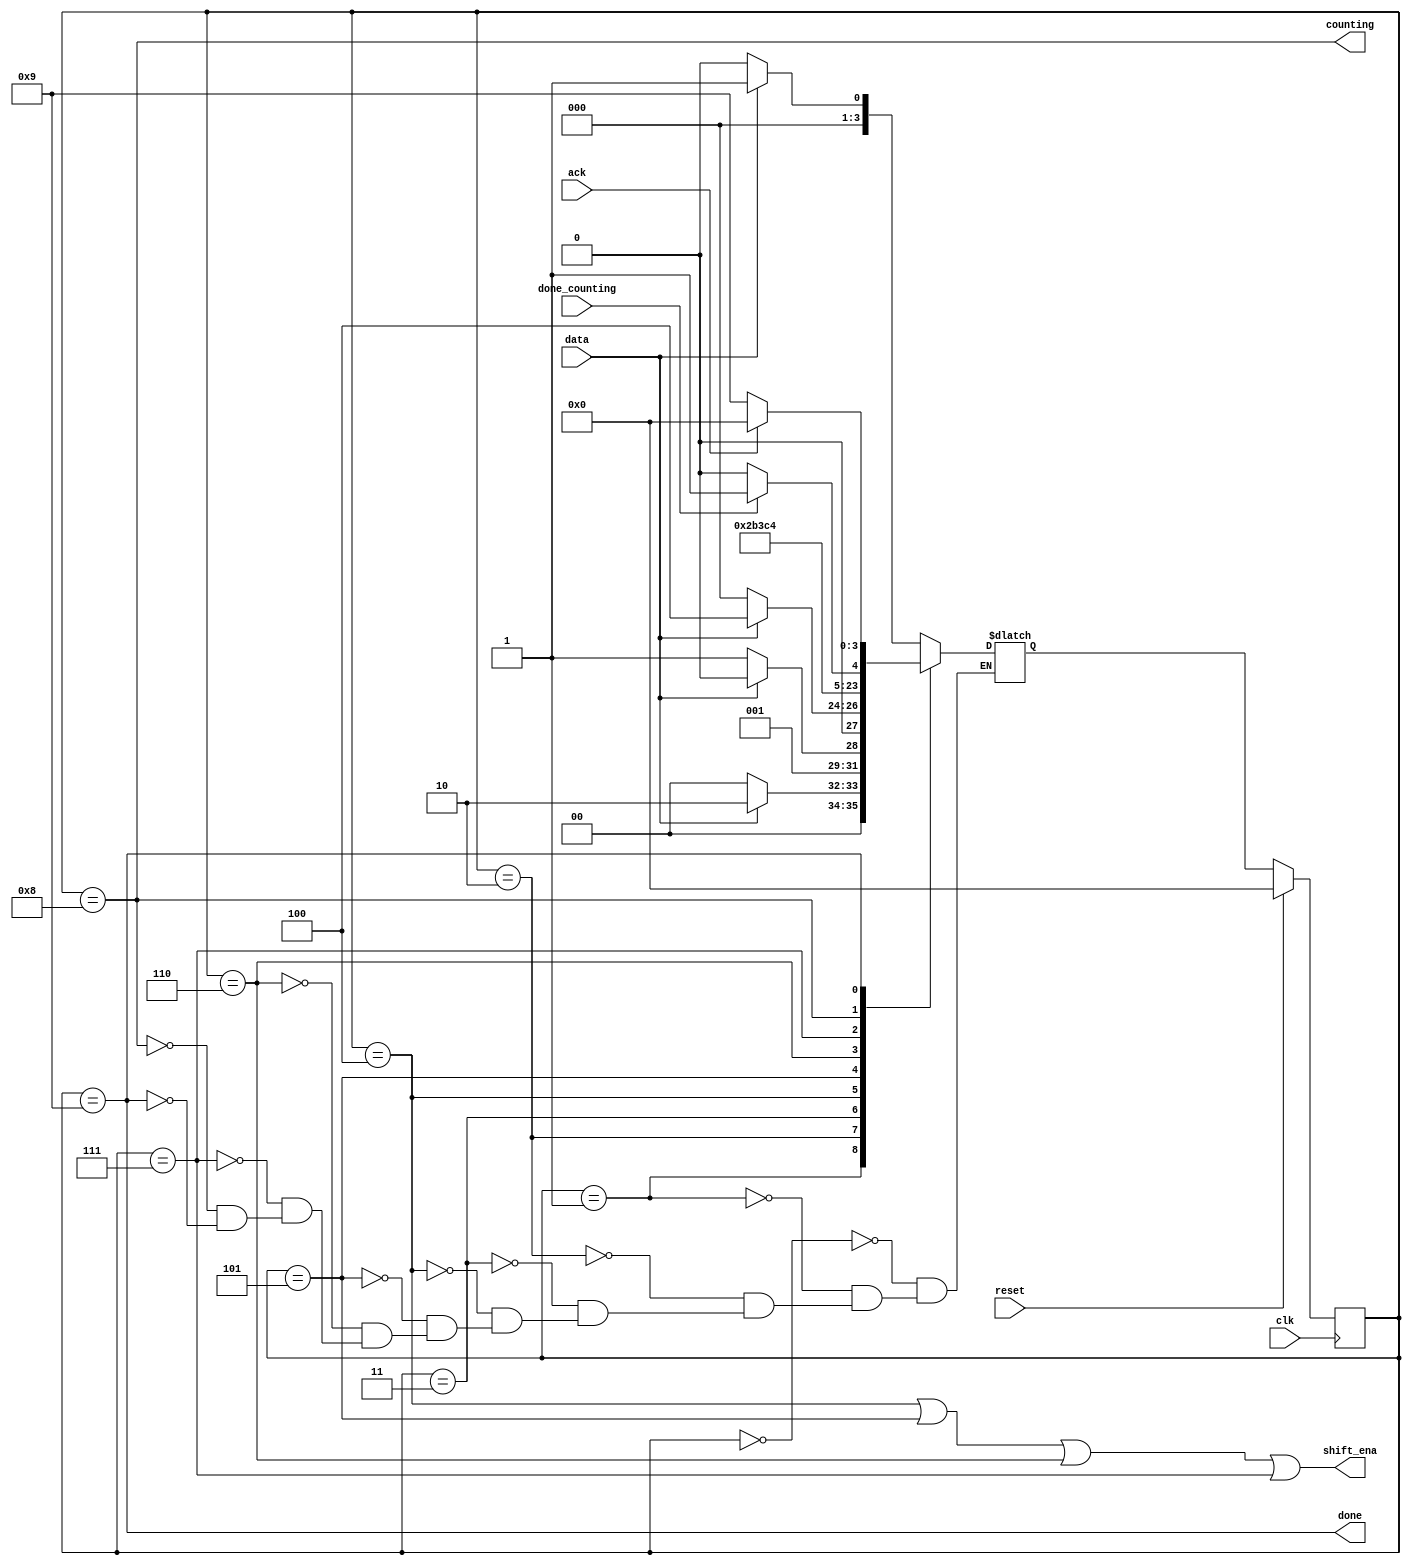
module top_module (
    input clk,
    input reset,      // Synchronous reset
    input data,
    output shift_ena,
    output counting,
    input done_counting,
    output done,
    input ack );

    parameter idle=4'd0, s1=4'd1, s11=4'd2, s110=4'd3, b0=4'd4, b1=4'd5, b2=4'd6, b3=4'd7, count=4'd8, waiting=4'd9;
    reg [3:0]	state, next_state;
    
    always@(*) begin
        case(state)
            idle: begin
                if(data==1'b0)
                    next_state = idle;
                else
                    next_state = s1;
            end
            s1: begin
                if(data==1'b0)
                    next_state = idle;
                else
                    next_state = s11;
            end
            s11: begin
                if(data==1'b0)
                    next_state = s110;
                else
                    next_state = s11;
            end
            s110: begin
                if(data==1'b0)
                    next_state = idle;
                else
                    next_state = b0;
            end
            b0:		next_state = b1;
            b1:		next_state = b2;
            b2:		next_state = b3;
            b3:		next_state = count;
            count: begin
                if(done_counting)
                    next_state = waiting;
                else
                    next_state = count;
            end
            waiting: begin
                if(ack)
                    next_state = idle;
                else
                    next_state = waiting;
            end
        endcase
    end
    
    always@(posedge clk) begin
        if(reset)
            state <= idle;
        else
            state <= next_state;
    end
    
    assign	shift_ena = (state==b0 || state==b1|| state==b2 || state==b3);
    assign	counting = (state==count);
    assign	done = (state==waiting);
    
endmodule